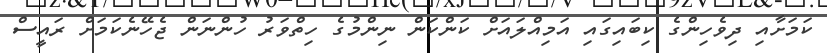
ކަމަށާއި ދިވެހިންގެ ކިބައިގައި އަމިއްލައަށް ކަންކަން ނިންމުގެ ހިތްވަރު ހުންނަން ޖެހޭނެކަމަށް ރައީސް